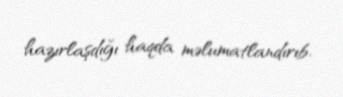
hazırlaşdığı haqda məlumatlandırıb.